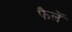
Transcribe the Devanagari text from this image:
फैलें